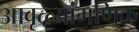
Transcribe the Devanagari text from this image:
आवृत्त्यांगणिक